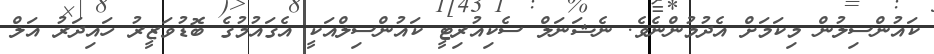
ކައުންސިލުން މިކަމަށް އެދުމުންނެވެ. ނެޝަނަލް ސެކިއުރިޓީ ކައުންސިލްއަކީ އެގައުމުގެ ބޮޑުވަޒީރު ހައިދަރު އަލް